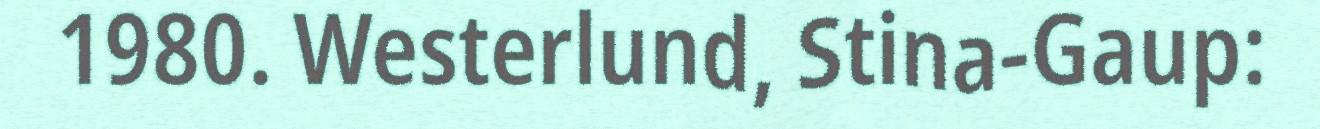
1980. Westerlund, Stina-Gaup: